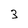
Character: 3